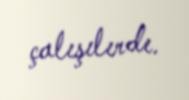
çalışılırdı.